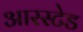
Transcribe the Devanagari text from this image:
आरस्टेड